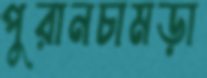
পুরানচামড়া